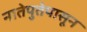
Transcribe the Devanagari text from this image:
नातेपुतेपासून